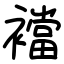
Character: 襠